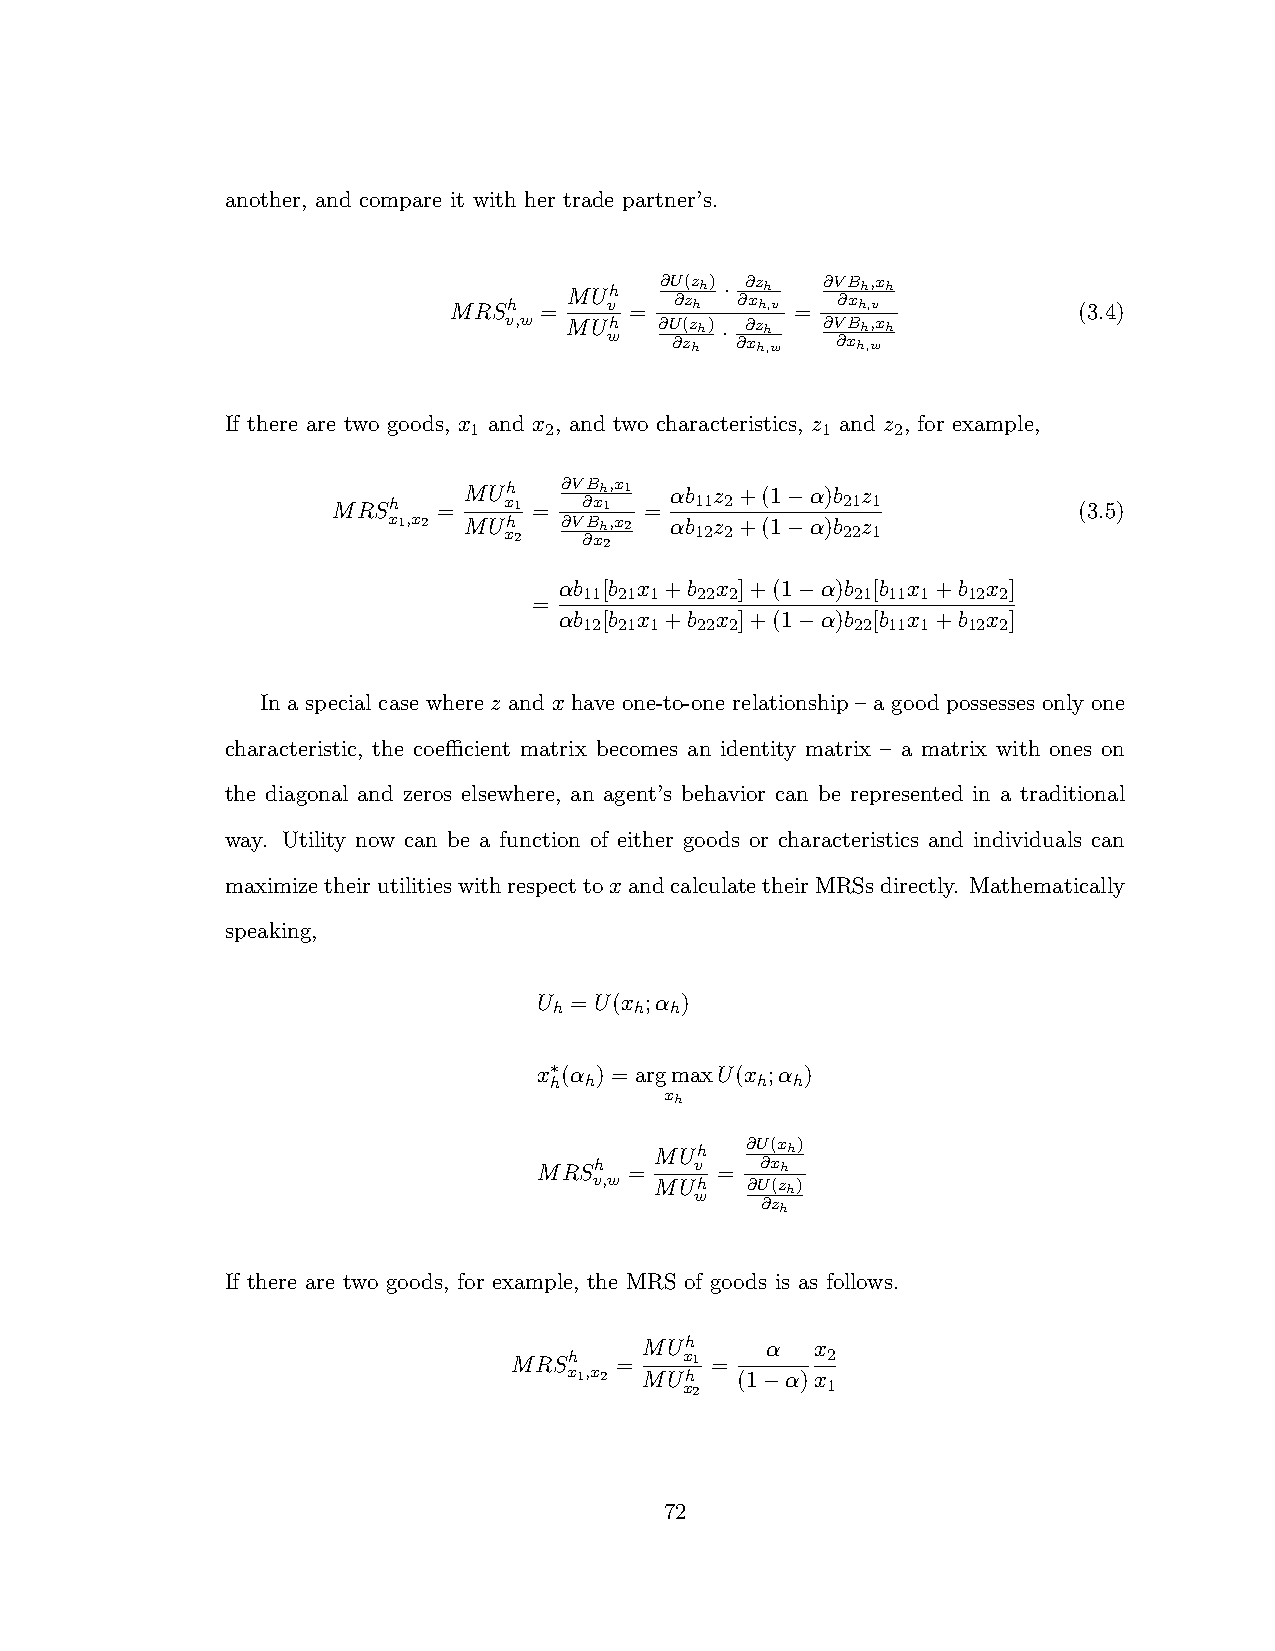
another, and compare it with her trade partner’s.
 MRSh  =
 MU vh
 =
 @U @z(z hh)
 ·
 @@ xz hh
 ,v =
 @V @B xhh ,, vxh
 (3.4)
 v,w  MU wh @U @z(z hh)
 ·
 @@ xz hh
 ,w
 @V @xB hh ,w,xh
 If there are two goods, x and x , and two characteristics, z and z , for example,
 1    2                 1    2
 MUh   @VBh,x1 ↵b z +(1 ↵)b z
 MRSh   =   x1 =  @x1 =  11 2     21 1           (3.5)
 x1,x2 MU xh
 2
 @V @B xh 2,x2 ↵b 12z 2+(1 ↵)b 22z 1
 ↵b [b x +b x ]+(1 ↵)b [b x +b x ]
 11 21 1 22 2      21 11 1 12 2
 =
 ↵b [b x +b x ]+(1 ↵)b [b x +b x ]
 12 21 1 22 2      22 11 1 12 2

 In a special case where z and x have one-to-one relationship – a good possesses only one
 characteristic, the coecient matrix becomes an identity matrix – a matrix with ones on
 the diagonal and zeros elsewhere, an agent’s behavior can be represented in a traditional
 way. Utility now can be a function of either goods or characteristics and individuals can
 maximizetheirutilitieswithrespecttoxandcalculatetheirMRSsdirectly. Mathematically
 speaking,
 U = U(x ;↵ )
 h    h h
 x (↵ ) = argmaxU(x ;↵ )
 ⇤h h          h h
 xh
 MUh
 @U(xh)
 MRSh  =   v = @xh
 v,w MU wh @U(zh)
 @zh
 If there are two goods, for example, the MRS of goods is as follows.
 MUh     ↵  x
 MRSh   =   x1 =      2
 x1,x2 MUh  (1 ↵)x
 x2       1
 72